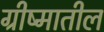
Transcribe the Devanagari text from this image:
ग्रीष्मातील